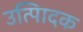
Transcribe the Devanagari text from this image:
उत्पािदक